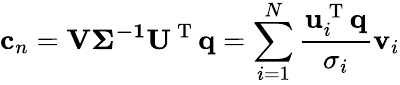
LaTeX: \mathbf{c}_{n}={\mathbf{V{\Sigma}^{-1}U^{\mathrm{~T~}}q}}=\sum_{i=1}^{N}\frac{\mathbf{u}_{i}^{\mathrm{~T~}}\mathbf{q}}{\sigma_{i}}\mathbf{v}_{i}